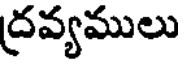
ద్రవ్యములు